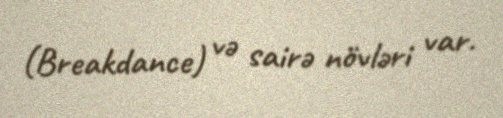
(Breakdance) və sairə növləri var.